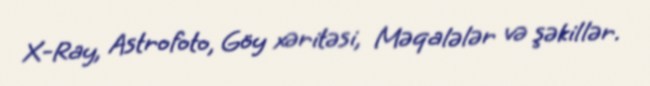
X-Ray, Astrofoto, Göy xəritəsi, Məqalələr və şəkillər.